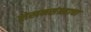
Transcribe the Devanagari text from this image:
लेखनसंग्रहाचा